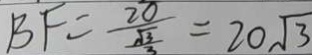
B F = \frac { 2 0 } { \frac { \sqrt { 3 } } { 3 } } = 2 0 \sqrt { 3 }